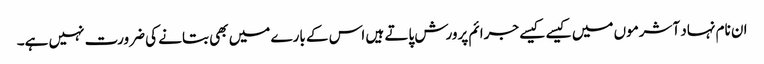
ان نام نہاد آشرموں میں کیسے کیسے جرائم پرورش پاتے ہیں اس کے بارے میں بھی بتانے کی ضرورت نہیں ہے۔